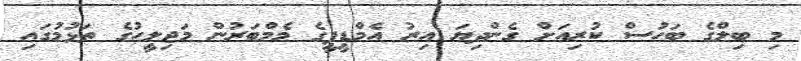
މި ބިލްގެ ބަހުސް ކުރިއަށް ގެންދިޔަ އިރު އެމްޑީޕީގެ މެމްބަރުން މަޖިލީހުގެ ތަޅުމުގައި